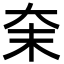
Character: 㭐